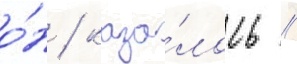
о́н / каза́лось /